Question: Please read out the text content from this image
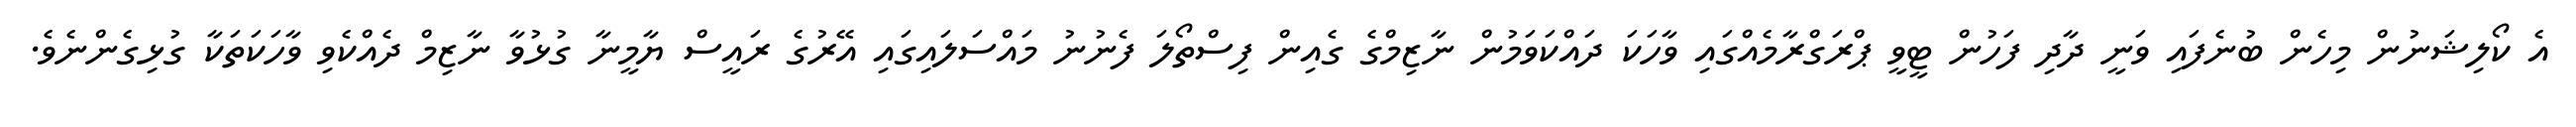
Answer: އެ ކޯލިޝަނުން މިހެން ބުނެފައި ވަނީ ދާދި ފަހުން ޓީވީ ޕްރަގްރާމެއްގައި ވާހަކަ ދައްކަވަމުން ނާޒިމްގެ ގެއިން ފިސްތޯލަ ފެނުނު މައްސަލައިގައި އޭރުގެ ރައީސް ޔާމީނާ ގުޅުވާ ނާޒިމް ދެއްކެވި ވާހަކަތަކާ ގުޅިގެންނެވެ.